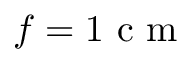
f = 1 \mathrm { ~ c ~ m ~ }